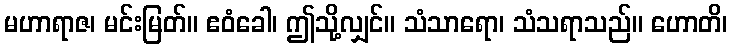
မဟာရာဇ၊ မင်းမြတ်။ ဧဝံခေါ၊ ဤသို့လျှင်။ သံသာရော၊ သံသရာသည်။ ဟောတိ၊